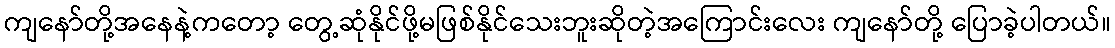
ကျနော်တို့အနေနဲ့ကတော့ တွေ့ဆုံနိုင်ဖို့မဖြစ်နိုင်သေးဘူးဆိုတဲ့အကြောင်းလေး ကျနော်တို့ ပြောခဲ့ပါတယ်။